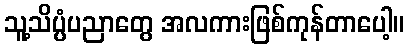
သူ့သိပ္ပံပညာတွေ အလကားဖြစ်ကုန်တာပေါ့။